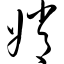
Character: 嫦